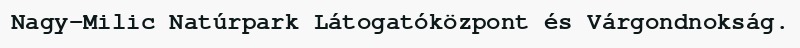
Nagy-Milic Natúrpark Látogatóközpont és Várgondnokság.